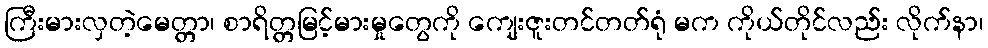
ကြီးမားလှတဲ့မေတ္တာ၊ စာရိတ္တမြင့်မားမှုတွေကို ကျေးဇူးတင်တတ်ရုံ မက ကိုယ်တိုင်လည်း လိုက်နာ၊